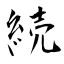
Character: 続